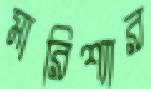
মারিশ্যার